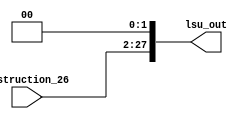
module lsu(instruction_26,lsu_out);
	input[25:0] instruction_26;
	output reg[27:0] lsu_out;
	always @(instruction_26)
	begin
	lsu_out[27:2] = instruction_26;
	lsu_out[1:0] = 2'b00;
	end
endmodule

/*
module tb_lsu;
	reg[25:0] instruction_26;
	wire[27:0] lsu_out;
	lsu mylsu(instruction_26,lsu_out);
	initial
	begin
	#2 instruction_26 = 26'd4;
	#2 instruction_26 = 26'd7;
	end
	
	initial
	$monitor($time," %b %b",instruction_26,lsu_out);
	
endmodule
*/